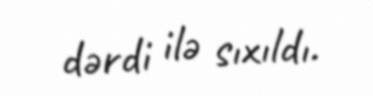
dərdi ilə sıxıldı.